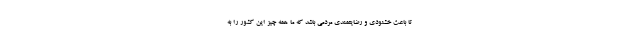
تا باعث خشنودی و رضایتمندی مردمی باشد که ما همه چیز این کشور را به